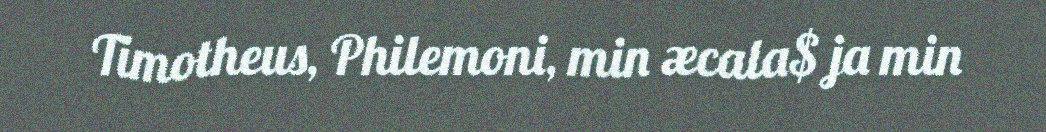
Timotheus, Philemoni, min æcala$ ja min